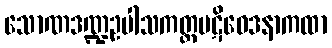
သောဏဒဏ္ဍဥပါသကတ္တပဋိဝေဒနာကထာ